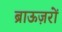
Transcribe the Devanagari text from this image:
ब्राऊज़रों